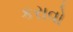
કરાવો